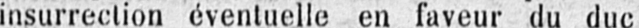
insurrection éventuelle en faveur du duc